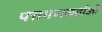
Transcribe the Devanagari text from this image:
परागणकर्ताओं